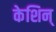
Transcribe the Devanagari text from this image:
केशिन्